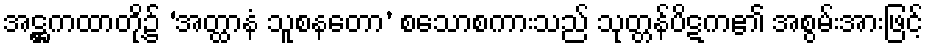
အဋ္ဌကထာတို့၌ ‘အတ္ထာနံ သူစနတော’ စသောစကားသည် သုတ္တန်ပိဋက၏ အစွမ်းအားဖြင့်